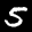
Label: 5